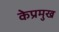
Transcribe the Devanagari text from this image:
केप्रमुख